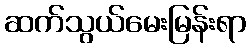
ဆက်သွယ်မေးမြန်းရာ